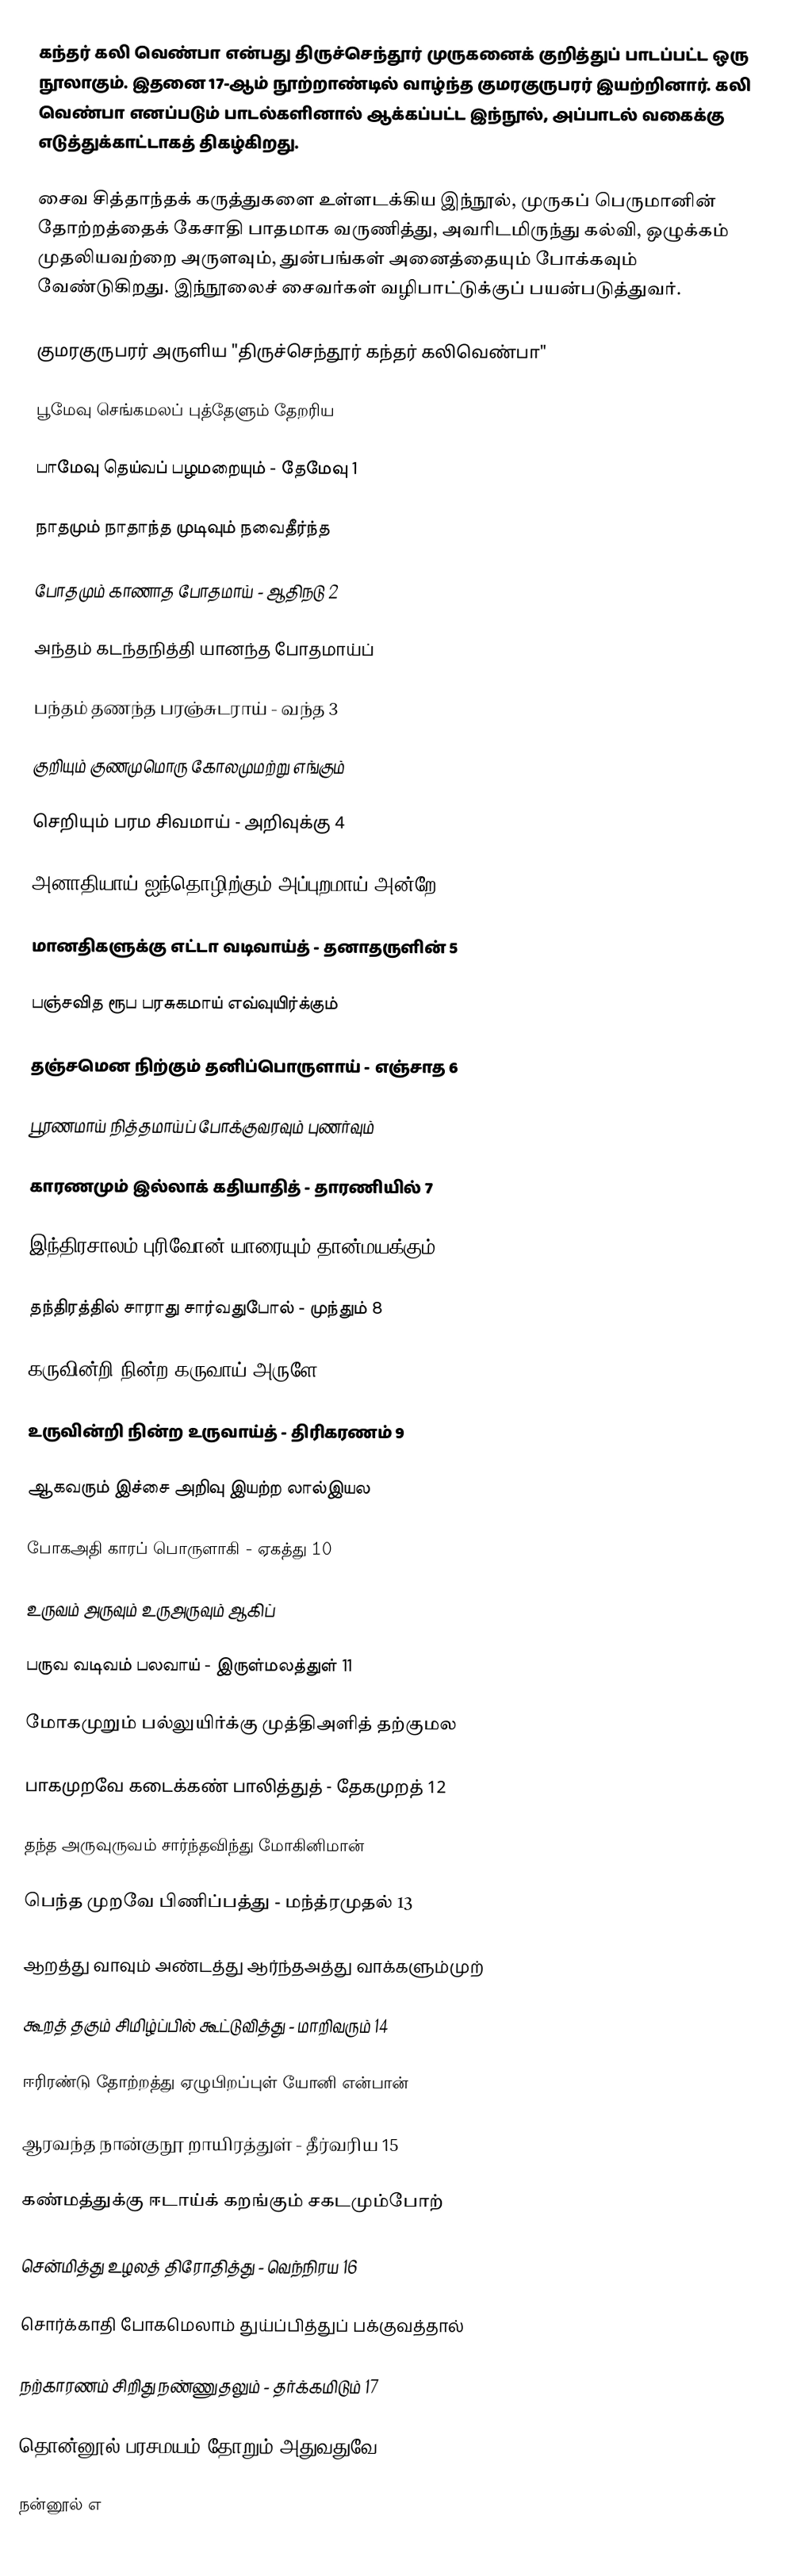
கந்தர் கலி வெண்பா என்பது திருச்செந்தூர் முருகனைக் குறித்துப் பாடப்பட்ட ஒரு நூலாகும். இதனை 17-ஆம் நூற்றாண்டில் வாழ்ந்த குமரகுருபரர் இயற்றினார். கலி வெண்பா எனப்படும் பாடல்களினால் ஆக்கப்பட்ட இந்நூல், அப்பாடல் வகைக்கு எடுத்துக்காட்டாகத் திகழ்கிறது.

சைவ சித்தாந்தக் கருத்துகளை உள்ளடக்கிய இந்நூல், முருகப் பெருமானின் தோற்றத்தைக் கேசாதி பாதமாக வருணித்து, அவரிடமிருந்து கல்வி, ஒழுக்கம் முதலியவற்றை அருளவும், துன்பங்கள் அனைத்தையும் போக்கவும் வேண்டுகிறது. இந்நூலைச் சைவர்கள் வழிபாட்டுக்குப் பயன்படுத்துவர்.

குமரகுருபரர் அருளிய "திருச்செந்தூர் கந்தர் கலிவெண்பா"

பூமேவு செங்கமலப் புத்தேளும் தேறரிய

பாமேவு தெய்வப் பழமறையும் - தேமேவு 1

நாதமும் நாதாந்த முடிவும் நவைதீர்ந்த

போதமும் காணாத போதமாய் - ஆதிநடு 2

அந்தம் கடந்தநித்தி யானந்த போதமாய்ப்

பந்தம் தணந்த பரஞ்சுடராய் - வந்த 3

குறியும் குணமுமொரு கோலமுமற்று எங்கும்

செறியும் பரம சிவமாய் - அறிவுக்கு 4

அனாதியாய் ஐந்தொழிற்கும் அப்புறமாய் அன்றே

மானதிகளுக்கு எட்டா வடிவாய்த் - தனாதருளின் 5

பஞ்சவித ரூப பரசுகமாய் எவ்வுயிர்க்கும்

தஞ்சமென நிற்கும் தனிப்பொருளாய் - எஞ்சாத 6

பூரணமாய் நித்தமாய்ப் போக்குவரவும் புணர்வும்

காரணமும் இல்லாக் கதியாதித் - தாரணியில் 7

இந்திரசாலம் புரிவோன் யாரையும் தான்மயக்கும்

தந்திரத்தில் சாராது சார்வதுபோல் - முந்தும் 8

கருவின்றி நின்ற கருவாய் அருளே

உருவின்றி நின்ற உருவாய்த் - திரிகரணம் 9

ஆகவரும் இச்சை அறிவு இயற்ற லால்இயல

போகஅதி காரப் பொருளாகி - ஏகத்து 10

உருவம் அருவும் உருஅருவும் ஆகிப்

பருவ வடிவம் பலவாய் - இருள்மலத்துள் 11

மோகமுறும் பல்லுயிர்க்கு முத்திஅளித் தற்குமல

பாகமுறவே கடைக்கண் பாலித்துத் - தேகமுறத் 12

தந்த அருவுருவம் சார்ந்தவிந்து மோகினிமான்

பெந்த முறவே பிணிப்பத்து - மந்த்ரமுதல் 13

ஆறத்து வாவும் அண்டத்து ஆர்ந்தஅத்து வாக்களும்முற்

கூறத் தகும் சிமிழ்ப்பில் கூட்டுவித்து - மாறிவரும் 14

ஈரிரண்டு தோற்றத்து ஏழுபிறப்புள் யோனி என்பான்

ஆரவந்த நான்குநூ றாயிரத்துள் - தீர்வரிய 15

கண்மத்துக்கு ஈடாய்க் கறங்கும் சகடமும்போற்

சென்மித்து உழலத் திரோதித்து - வெந்நிரய 16

சொர்க்காதி போகமெலாம் துய்ப்பித்துப் பக்குவத்தால்

நற்காரணம் சிறிது நண்ணுதலும் - தர்க்கமிடும் 17

தொன்னூல் பரசமயம் தோறும் அதுவதுவே

நன்னூல் எ